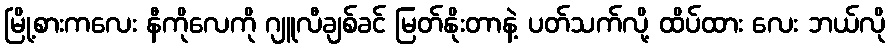
မြို့စားကလေး နီကိုလေကို ဂျူလီချစ်ခင် မြတ်နိုးတာနဲ့ ပတ်သက်လို့ ထိပ်ထား လေး ဘယ်လို